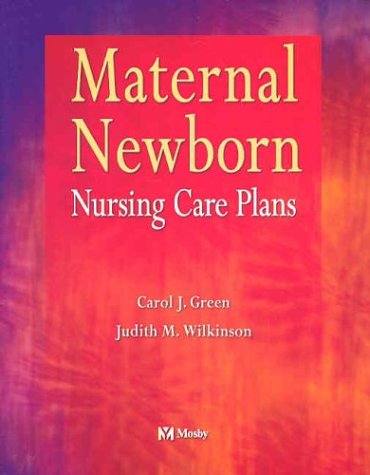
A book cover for Maternal Newborn Nursing Care Plans, 1e; Carol J. Green; Medical Books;